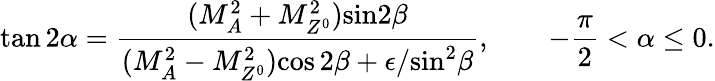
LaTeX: \tan 2\alpha=\frac{(M_{A}^{2}+M_{Z^{0}}^{2}){\sin}2\beta}{(M_{A}^{2}-M_{Z^{0}}^{2}){\cos 2}\beta+\epsilon/{\sin}^{2}\beta},\quad\quad-\frac{\pi}{2}<\alpha\leq 0.